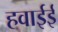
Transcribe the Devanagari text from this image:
हवाईई